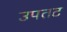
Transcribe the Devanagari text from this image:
उपतट